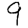
Digit: 9